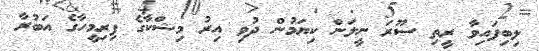
ލިބިފައިވާ ރީތި ސޫރަ ނީލަން ކިޔަމުން ދުވި އިރު މިޝްކާގެ ފިރިމީހާގެ އަބުރާ